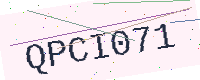
Text: QPCI071